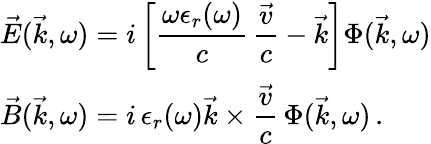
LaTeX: \begin{array}{l}{\displaystyle\vec{E}(\vec{k},\omega)=i\left[\frac{\omega\epsilon_{r}(\omega)}{c}\, \frac{\vec{v}}{c}-\vec{k}\right]\Phi(\vec{k},\omega)}\\ {\displaystyle\vec{B}(\vec{k},\omega)=i\, \epsilon_{r}(\omega)\vec{k}\times\frac{\vec{v}}{c}\, \Phi(\vec{k},\omega)\, .}\end{array}